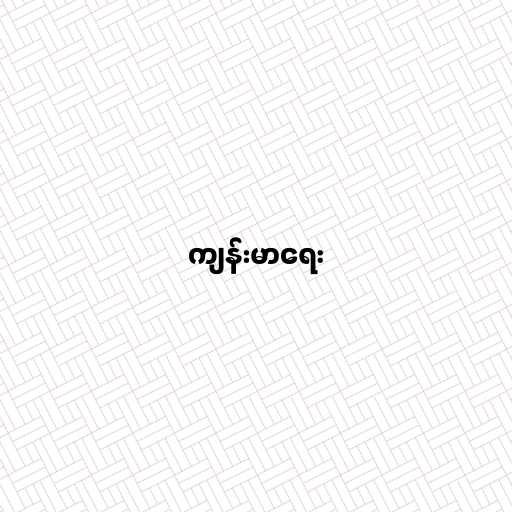
ကျန်းမာရေး